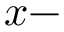
x -